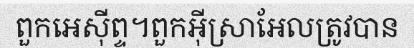
ពួកអេស៊ីព្ទ។ពួកអ៊ីស្រាអែលត្រូវបាន